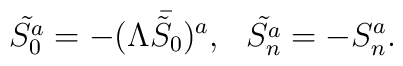
\tilde{S^a_0} = - (\Lambda \bar{\tilde S_0})^a, \>\>\>\tilde{S^a_n} = - S^a_n.